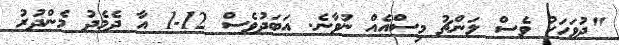
"ދުވަހަކު ވެސް ލަންޗު މިސްއެއް ނުވާނެ. އަބަދުވެސް 12-1 އާ ދެމެދު މެންދުރު